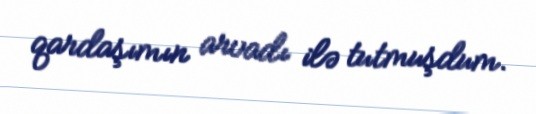
qardaşımın arvadı ilə tutmuşdum.